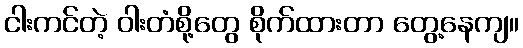
ငါးကင်တဲ့ ဝါးတံစို့တွေ စိုက်ထားတာ တွေ့နေကျ။